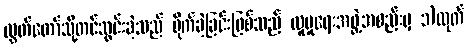
လွှတ်တော်သို့တင်သွင်းခဲ့သည် ရိုက်ခဲ့ခြင်းဖြစ်သည် လူမှုရေးအဖွဲ့အစည်းမှ ၁)ထုတ်